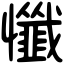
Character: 懺